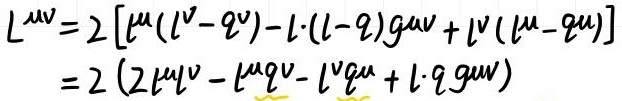
\[
\begin{align*}
L^{\mu\nu}&=2\left[\ell^{\mu}(\ell^{\nu}-q^{\nu})-\ell\cdot(\ell - q)g^{\mu\nu}+\ell^{\nu}(\ell^{\mu}-q^{\mu})\right]\\
&=2\left(2\ell^{\mu}\ell^{\nu}-\ell^{\mu}q^{\nu}-\ell^{\nu}q^{\mu}+\ell\cdot q g^{\mu\nu}\right)
\end{align*}
\]